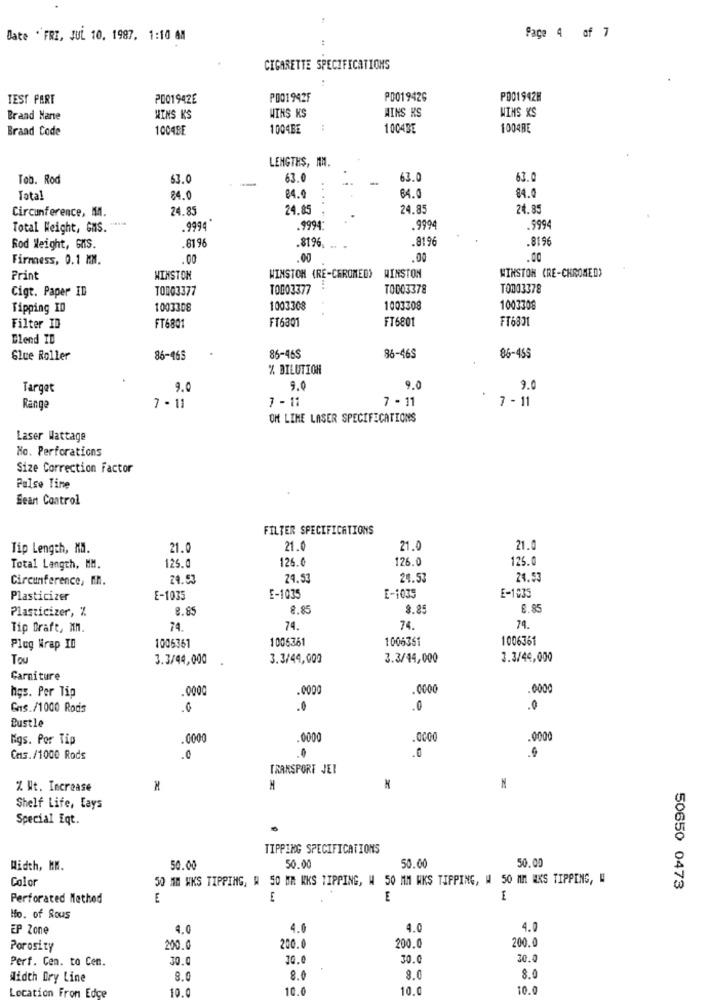
Date "FRI, JUL 10, 1987. 1:10 AM
Page 4 of 7
CIGARETTE SPECIFICATIONS
TEST PART
P001942E
PO01942F
P0019426
P001942H
WINS KS
AINS KS
WINS XS
Brand Name
WINS KS
Braad Code
1004BE
1004BE
1004BE
1004BE
LENGTHS, MM.
Tob. Rod
63.0
63.0
63.0
63.0
64.0
$4.0
Total
84.0
84.
24.85
24.85
24.85
24.85
Circunference, M.
Total Weight, GHS. " ***
.9994 *
.9994
.9994
.9994
.81 96
.8196
.8196
Rod Weight, GIS.
8196.
Firmness, 0.1 MM.
.00
.00
.00
Print
WINSTON
WINSTON (RE-CHROMED) WINSTON
WINSTON CRE-CHROMED)
Cigt. Paper ID
T0003377
T0003377
TO003378
T0003378
Tipping ID
1003308
1003308
1003308
1003308
FT6301
FT6801
FT6301
Filter ID
FT6801
Blend ID
Glue Roller
86-465
86-465
86-465
86-455
% DILUTION
Target
9.0
9.0
9.0
9.0
7 - 11
7 - 11
7 - 11
Range
7 - 11
OM LINE LASER SPECIFICATIONS
Laser Wattage
No. Perforations
Size Correction Factor
Pulse Tine
Sean Control
FILTER SPECIFICATIONS
Tip Length, M.
21.0
21.0
21.0
21.0
126.0
126.0
125.0
Total Langth, MM.
125.
Circumference, MM.
24.53
24.53
24.53
24.53
Plasticizer
E-1035
E-1035
E-1039
E-1035
Plasticizer, %
8.85
8.85
8.8
8.85
Tip Draft, MM.
74.
74.
74.
74.
1006361
1006351
1006361
Plug Wrap ID
1006361
Tou
3.3/44,000
3.3/44,000
3.3/44,000
3.3/44,000
Garniture
hgs. Per Tip
.0000
0000
0000
Gas./1000 Rodis
.0
.0
.0
Bustle
Mgs. Por Tip
000
.0000
.0000
.0000
Cms. /1000 Rods
0
.0
TRANSPORT JET
% Wt. Increase
Shelf Life, Lays
Special Eqt.
TIPPING SPECIFICATIONS
Width, MM.
50.00
50.00
50.00
50.00
Color
50 MM WKS TIPPING, W 50 MM KKS TIPPING, W 50 MM WKS TIPPING, W 50 MM EKS TIPPING, W
50650 0473
Perforated Method
E
E
E
Ho. of Rous
EP Zone
4.0
4.0
4.0
4.0
200.0
Porosity
200.0
200.0
200.0
Perf. Cem. to Cen.
30.0
10.0
30.0
30.0
Width Dry Line
8.0
8.0
8.0
8.0
Location From Edce
10.0
10.0
10.0
10.0